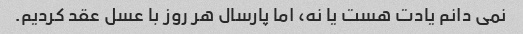
نمی دانم یادت هست یا نه، اما پارسال هر روز با عسل عقد کردیم.